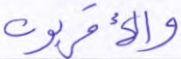
والأقربون